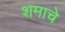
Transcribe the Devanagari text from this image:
शमाचे